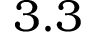
3 . 3